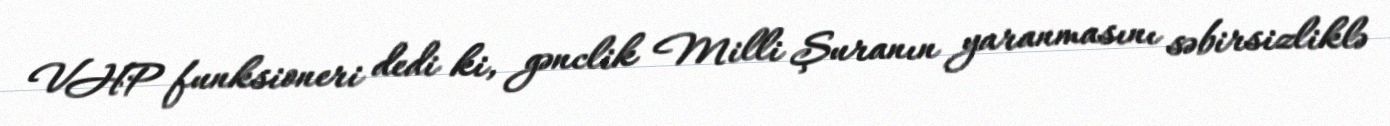
VHP funksioneri dedi ki, gənclik Milli Şuranın yaranmasını səbirsizliklə